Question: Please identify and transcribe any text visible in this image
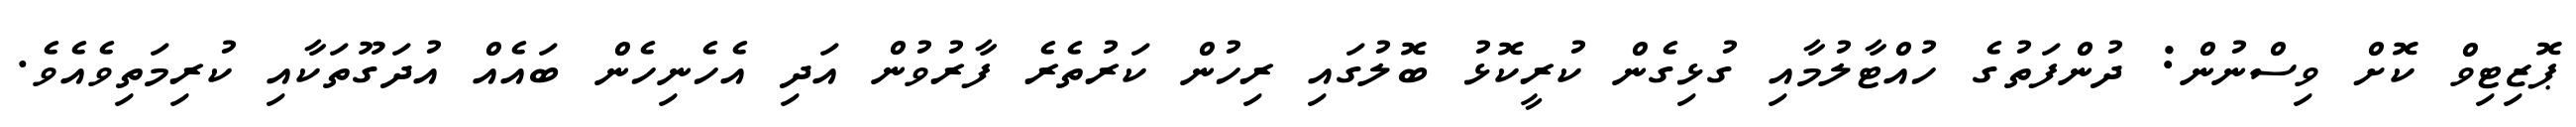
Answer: ޕޮޒިޓިވް ކޮށް ވިސްނުން: ދުންފަތުގެ ހުއްޓާލުމާއި ގުޅިގެން ކުރީކޮޅު ބޮލުގައި ރިހުން ކަރުތެރެ ފާރުވުން އަދި އެހެނިހެން ބައެއް އުދަގޫތަކާއި ކުރިމަތިވެއެވެ.